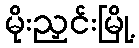
မိုးညှင်းမြို့